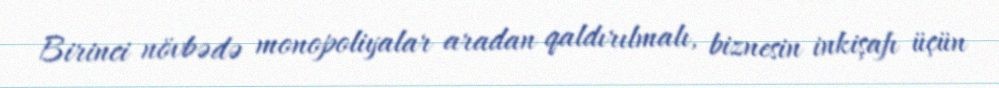
Birinci növbədə monopoliyalar aradan qaldırılmalı, biznesin inkişafı üçün